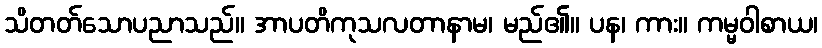
သိတတ်သောပညာသည်။ အာပတိကုသလတာနာမ၊ မည်၏။ ပန၊ ကား။ ကမ္မဝါစာယ၊